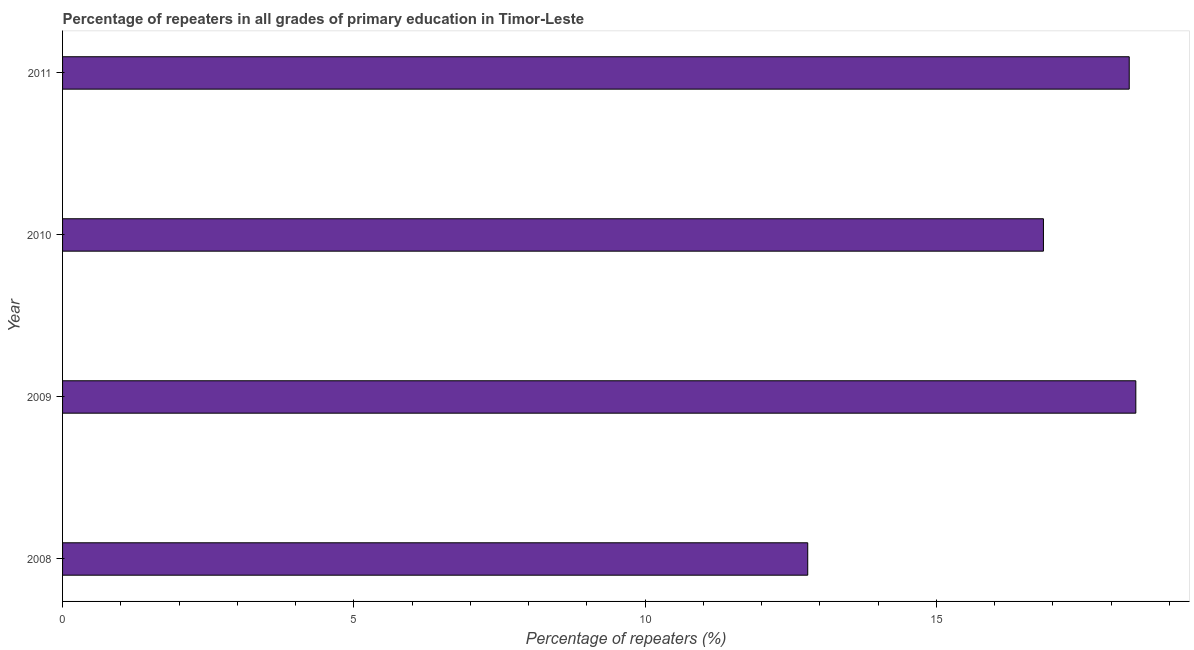
| Year | Repeaters in primary education |
 | --- | --- |
 | 2008 | 12.8 |
 | 2009 | 18.4 |
 | 2010 | 16.8 |
 | 2011 | 18.3 |